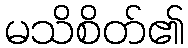
မသိစိတ်၏